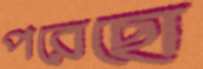
পরেছো